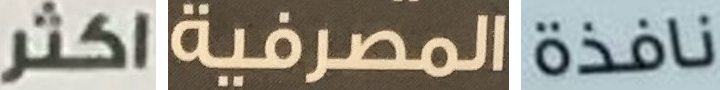
اكثر المصرفية نافذة